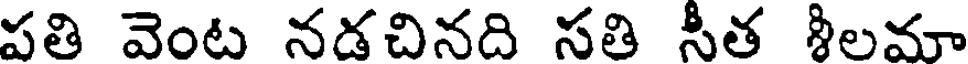
పతి వెంట నడచినది సతి సీత శీలమా